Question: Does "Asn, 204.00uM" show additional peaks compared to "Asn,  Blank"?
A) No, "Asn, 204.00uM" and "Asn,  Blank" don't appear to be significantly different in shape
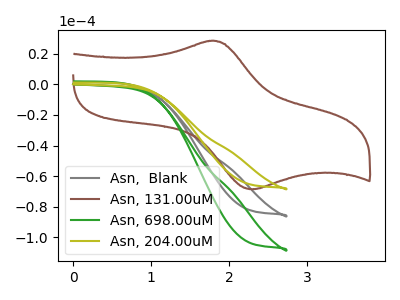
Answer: <think>The gray curve "Asn,  Blank" has no peaks. The brown curve "Asn, 131.00uM" has an anodic peak at (1.75V, 28.55uA) and a cathodic peak at (2.30V, -68.75uA). The green curve "Asn, 698.00uM" has no peaks. The olive curve "Asn, 204.00uM" has no peaks.
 Neither "Asn, 204.00uM" or "Asn,  Blank" have any peaks.</think>
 <answer>A) No, "Asn, 204.00uM" and "Asn,  Blank" don't appear to be significantly different in shape</answer>
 <eval>A</eval>